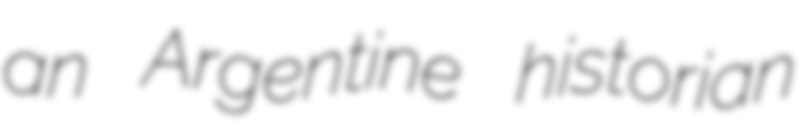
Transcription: an Argentine historian